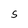
Character: S